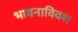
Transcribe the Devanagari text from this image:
भावनाविवश